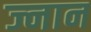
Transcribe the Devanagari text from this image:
ज्नान